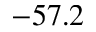
- 5 7 . 2